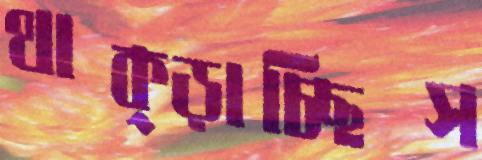
থাক্‌ড়াচ্ছিস